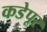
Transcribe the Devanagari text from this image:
कडेपूर